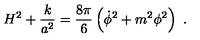
H ^ { 2 } + { \frac { k } { a ^ { 2 } } } = { \frac { 8 \pi } { 6 } } \left( \dot { \phi } ^ { 2 } + m ^ { 2 } \phi ^ { 2 } \right) \ .